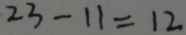
2 3 - 1 1 = 1 2